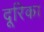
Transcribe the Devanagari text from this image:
दूरिका